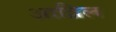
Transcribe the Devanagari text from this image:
आव्रिल